65_HS1-834228961_62-HQ-83894_Section_9
Agency: FBI
Page 64
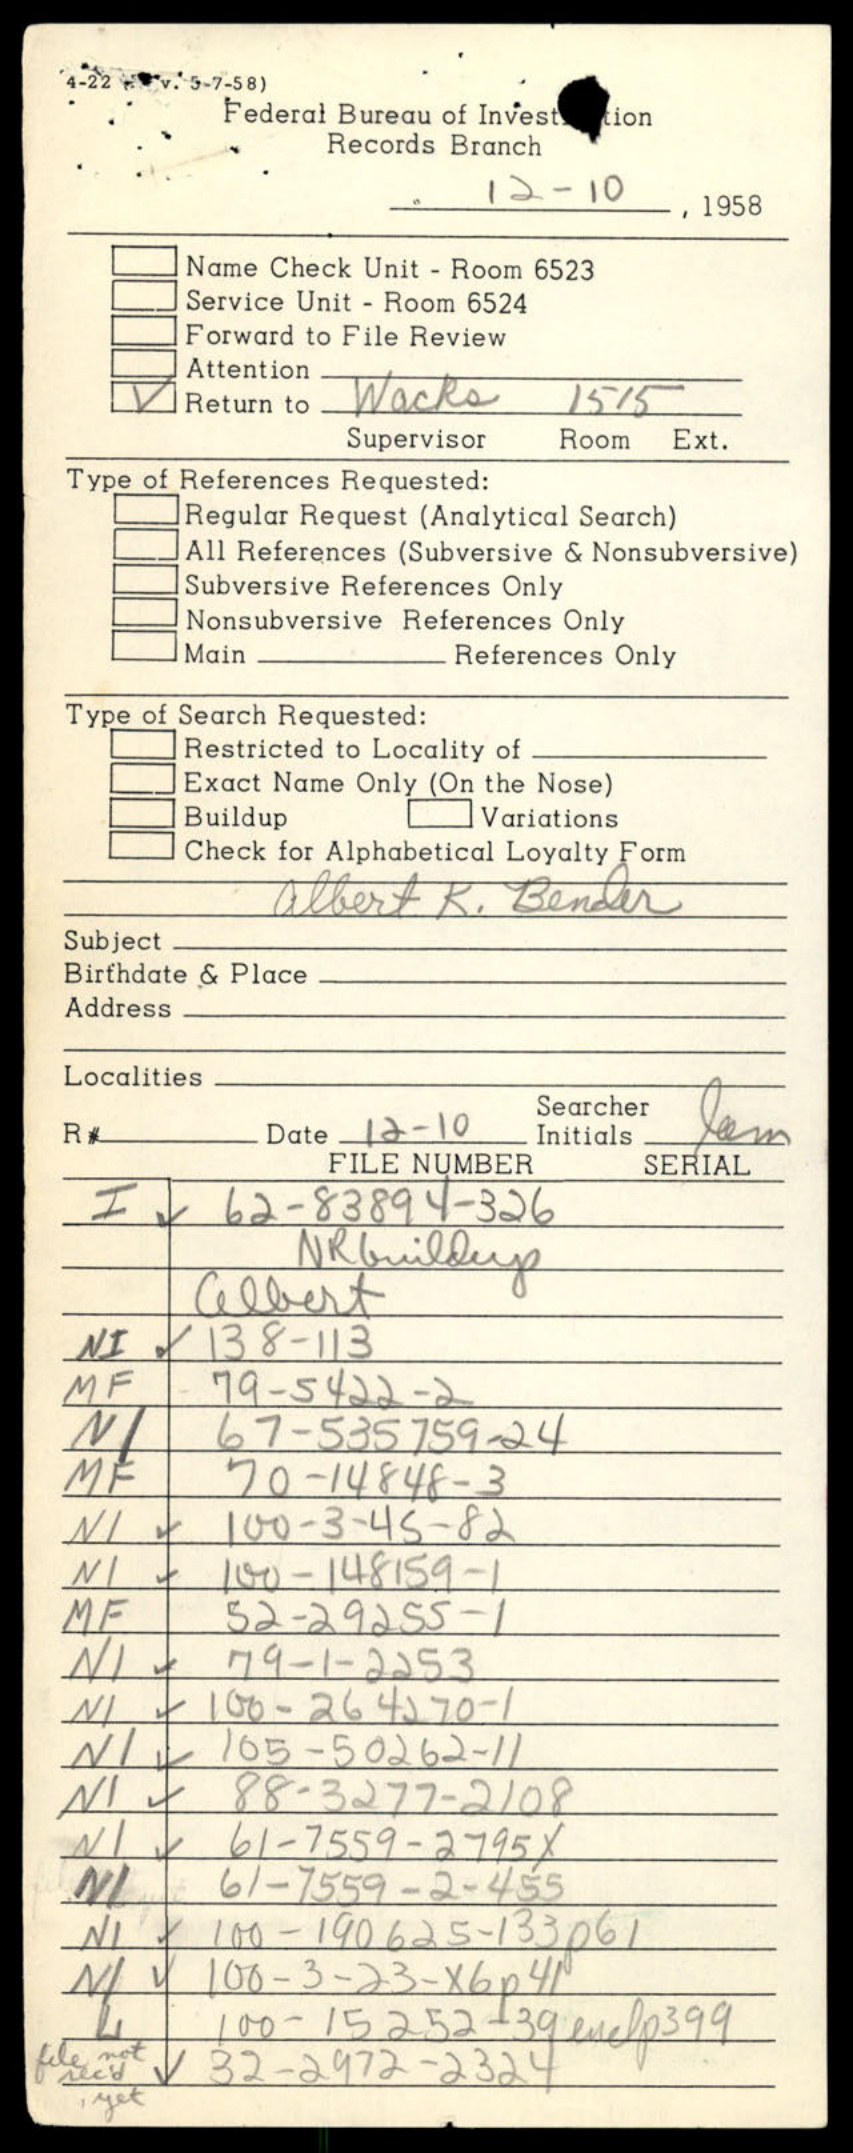